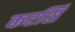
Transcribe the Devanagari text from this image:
करसिँ